Annual returns of the Patna Lunatic Asylum at Bankipore in Bihar and Orissa - 1912-1924
Year: 1912
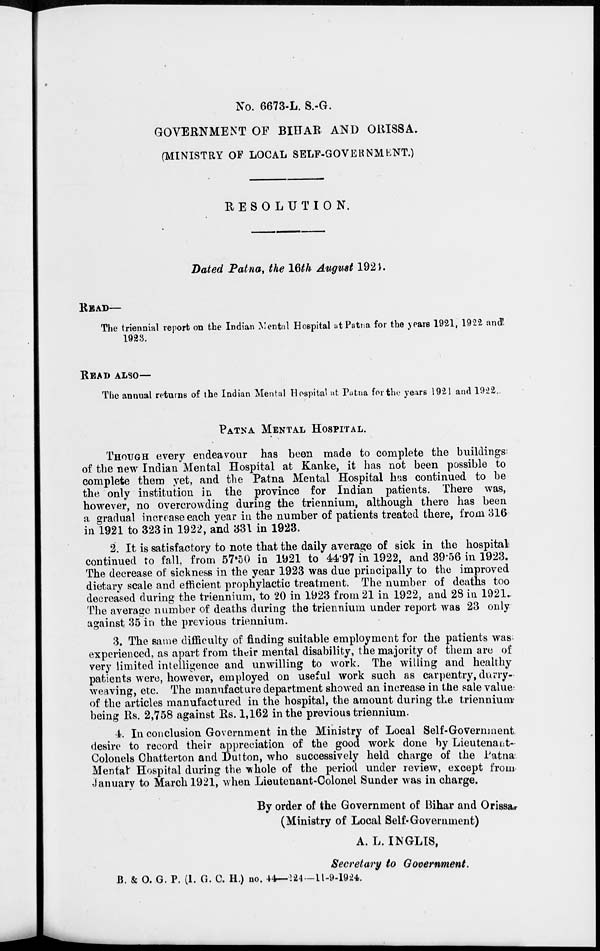
No. 6673-L. S.-G.
GOVERNMENT OF BIHAR AND ORISSA.
(MINISTRY OF LOCAL SELF-GOVERNMENT.)
RESOLUTION.
Dated Patna, the 16th August 1924.
READ—
The triennial report on the Indian Mental Hospital at Patna for the years 1921, 1922 and
1923.
READ ALSO—
The annual returns of the Indian Mental Hospital at Patna for the years 1921 and 1922.
PATNA MENTAL HOSPITAL.
THOUGH every endeavour has been made to complete the buildings
of the new Indian Mental Hospital at Kanke, it has not been possible to
complete them yet, and the Patna Mental Hospital has continued to be
the only institution in the province for Indian patients. There was,
however, no overcrowding during the triennium, although there has been
a gradual increase each year in the number of patients treated there, from 316
in 1921 to 323 in 1922, and 331 in 1923.
2. It is satisfactory to note that the daily average of sick in the hospital
continued to fall, from 57.50 in 1921 to 44.97 in 1922, and 39.56 in 1923.
The decrease of sickness in the year 1923 was due principally to the improved
dietary scale and efficient prophylactic treatment. The number of deaths too
decreased during the triennium, to 20 in 1923 from 21 in 1922, and 28 in 1921.
The average number of deaths during the triennium under report was 23 only
against 35 in the previous triennium.
3. The same difficulty of finding suitable employment for the patients was
experienced, as apart from their mental disability, the majority of them are of
very limited intelligence and unwilling to work. The willing and healthy
patients were, however, employed on useful work such as carpentry, durry-
weaving, etc. The manufacture department showed an increase in the sale value
of the articles manufactured in the hospital, the amount during the triennium
being Rs. 2,758 against Rs. 1,162 in the previous triennium.
4. In conclusion Government in the Ministry of Local Self-Government
desire to record their appreciation of the good work done by Lieutenant-
Colonels Chatterton and Dutton, who successively held charge of the Patna
Mental Hospital during the whole of the period under review, except from-
January to March 1921, when Lieutenant-Colonel Sunder was in charge.
By order of the Government of Bihar and Orissa.
(Ministry of Local Self-Government)
A. L. INGLIS,
Secretary to Government.
B. & O. G. P. (I. G. C. H.) no. 44— 224—11-9-1924.